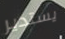
يستدير